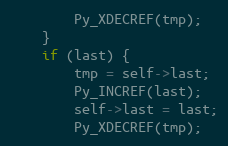
Language: C
        Py_XDECREF(tmp);
    }
    if (last) {
        tmp = self->last;
        Py_INCREF(last);
        self->last = last;
        Py_XDECREF(tmp);